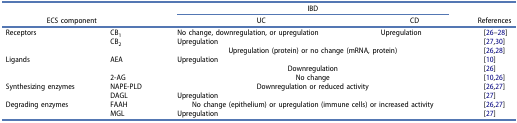
<table><thead><tr><td><b> </b></td><td><b> </b></td><td colspan="2"><b>IBD</b></td><td><b> </b></td></tr><tr><td colspan="2"><b>ECS component</b></td><td><b>UC</b></td><td><b>CD</b></td><td><b>References</b></td></tr></thead><tbody><tr><td rowspan="3">Receptors</td><td>CB<sub>1</sub></td><td>No change, downregulation, or upregulation</td><td>Upregulation</td><td>[26–28]</td></tr><tr><td rowspan="2">CB<sub>2</sub></td><td>Upregulation</td><td> </td><td>[27,30]</td></tr><tr><td colspan="2">Upregulation (protein) or no change (mRNA, protein)</td><td>[26,28]</td></tr><tr><td rowspan="3">Ligands</td><td rowspan="2">AEA</td><td>Upregulation</td><td> </td><td>[10]</td></tr><tr><td colspan="2">Downregulation</td><td>[26]</td></tr><tr><td>2-AG</td><td colspan="2">No change</td><td>[10,26]</td></tr><tr><td rowspan="2">Synthesizing enzymes</td><td>NAPE-PLD</td><td colspan="2">Downregulation or reduced activity</td><td>[26,27]</td></tr><tr><td>DAGL</td><td>Upregulation</td><td> </td><td>[27]</td></tr><tr><td rowspan="2">Degrading enzymes</td><td>FAAH</td><td colspan="2">No change (epithelium) or upregulation (immune cells) or increased activity</td><td>[26,27]</td></tr><tr><td>MGL</td><td>Upregulation</td><td> </td><td>[27]</td></tr></tbody></table>